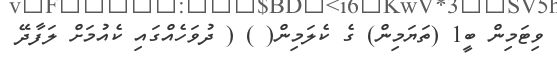
ވިޓަމިން ބީ1 (ތަޔަމިން) ގެ ކެލަމިން( ) ( ދުވަހެއްގައި ކެއުމަށް ލަފާދޭ